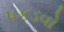
પકડવો